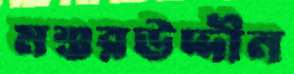
মশুরউদ্দীন